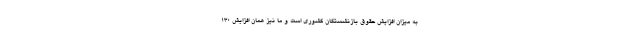
به میزان افزایش حقوق بازنشستگان کشوری است و ما نیز همان افزایش ۱۳۰